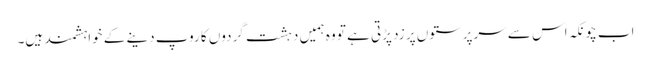
اب چونکہ اس سے سرپرستوں پر زد پڑتی ہے تو وہ ہمیں دہشت گردوں کا روپ دینے کے خواہشمند ہیں۔